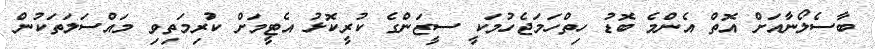
ބާސެލޯނާއަށް އޮތް އެންމެ ބޮޑު ހިތްހަމަޖެހުމަކީ ސީޒަންގެ ކުރީކޮޅު އެޓީމަށް ކުރިމަތިވި މައްސަލަތަކުން